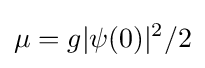
\mu =g|\psi (0)|^{2}/2